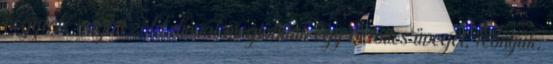
négyfelé vágott zöld dióval megtöltünk egy befőttes üveget, leöntjük,